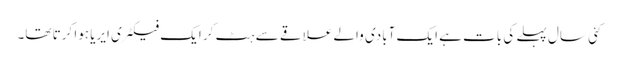
کئی سال پہلے کی بات ہے ایک آبادی والے علاقے سے ہٹ کر ایک فیکٹری ایریا ہوا کرتا تھا۔